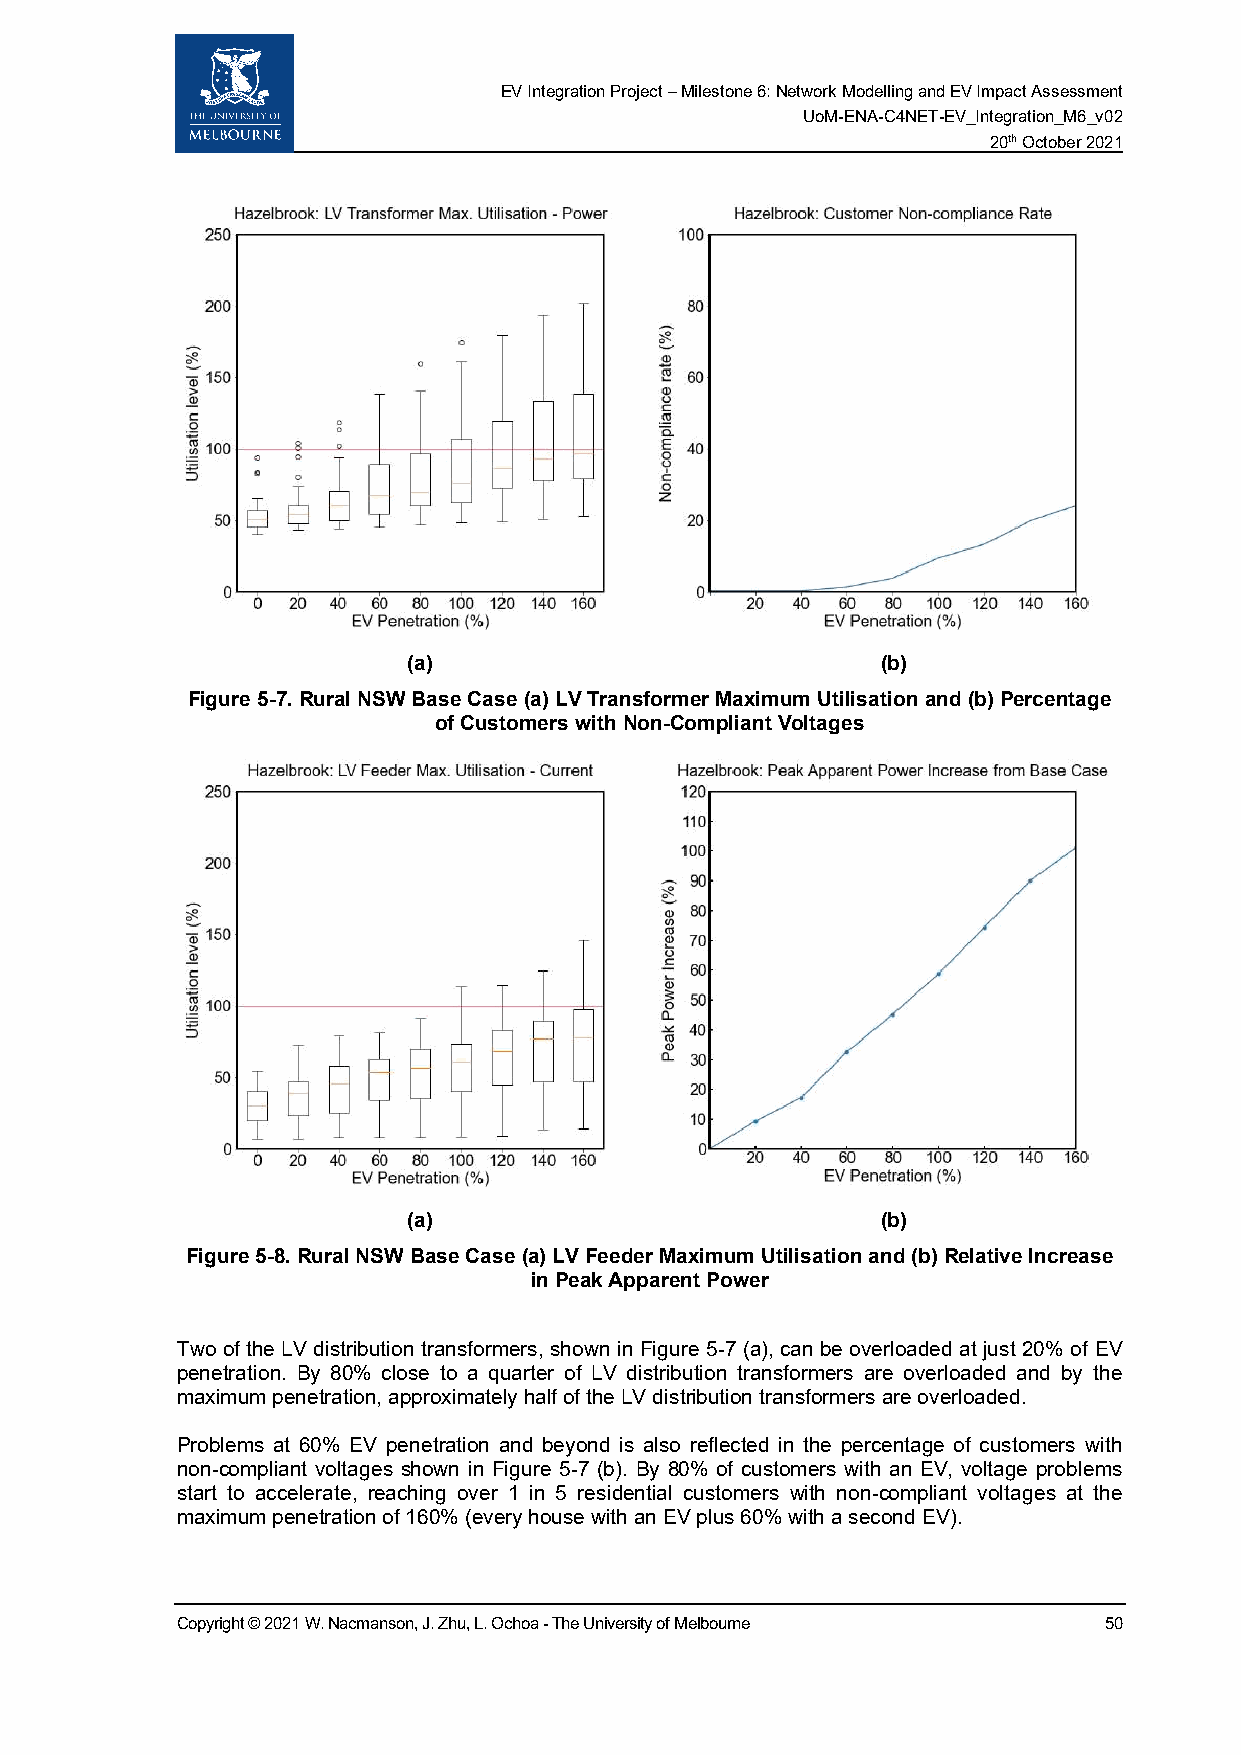
EV Integration Project – Milestone 6: Network Modelling and EV Impact Assessment
 UoM-ENA-C4NET-EV_Integration_M6_v02
 20th October 2021
 (a)                            (b)
 Figure 5-7. Rural NSW Base Case (a) LV Transformer Maximum Utilisation and (b) Percentage
 of Customers with Non-Compliant Voltages
 (a)                            (b)
 Figure 5-8. Rural NSW Base Case (a) LV Feeder Maximum Utilisation and (b) Relative Increase
 in Peak Apparent Power
 Two of the LV distribution transformers, shown in Figure 5-7 (a), can be overloaded at just 20% of EV
 penetration. By 80% close to a quarter of LV distribution transformers are overloaded and by the
 maximum penetration, approximately half of the LV distribution transformers are overloaded.
 Problems at 60% EV penetration and beyond is also reflected in the percentage of customers with
 non-compliant voltages shown in Figure 5-7 (b). By 80% of customers with an EV, voltage problems
 start to accelerate, reaching over 1 in 5 residential customers with non-compliant voltages at the
 maximum penetration of 160% (every house with an EV plus 60% with a second EV).
 Copyright © 2021 W. Nacmanson, J. Zhu, L. Ochoa - The University of Melbourne 50